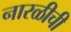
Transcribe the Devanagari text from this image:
नारळीची